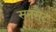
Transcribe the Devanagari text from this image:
सनसैट